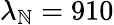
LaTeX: \lambda_{\mathbb{N}}=910